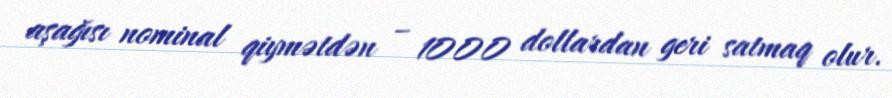
aşağısı nominal qiymətdən – 1000 dollardan geri satmaq olur.